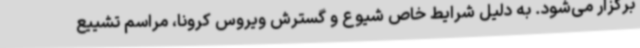
برگزار می‌شود. به دلیل شرایط خاص شیوع و گسترش ویروس کرونا، مراسم تشییع